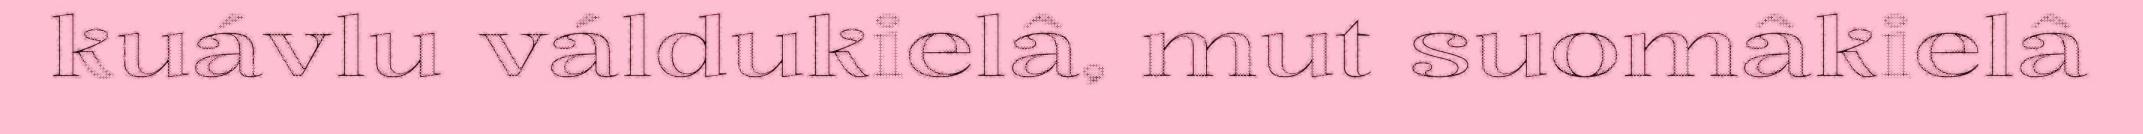
kuávlu váldukielâ, mut suomâkielâ